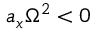
a _ { x } \Omega ^ { 2 } < 0